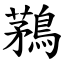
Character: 鶜